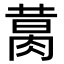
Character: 𦝙